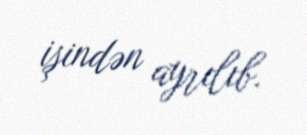
işindən ayrılıb.